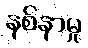
နစ်နာမှု